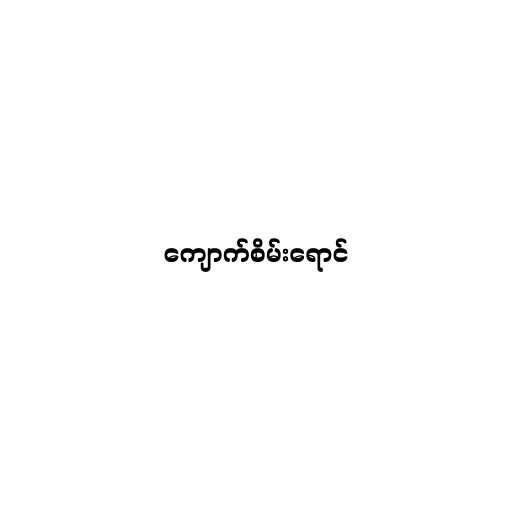
ကျောက်စိမ်းရောင်